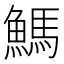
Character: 鰢